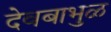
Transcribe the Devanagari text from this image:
देवबाभुळ